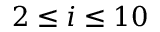
2 \leq i \leq 1 0